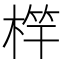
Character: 𣔼